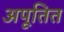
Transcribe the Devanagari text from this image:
अपूतित